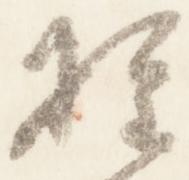
権